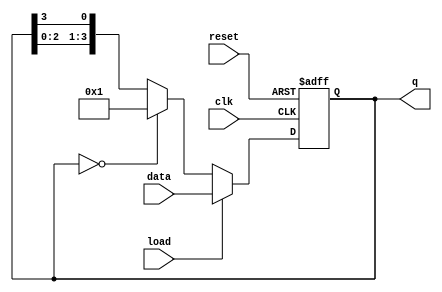
module loadable_ring_counter #(
    parameter N = 4 // Number of bits (size of the counter)
)(
    input wire clk,          // Clock input
    input wire reset,        // Reset input
    input wire load,         // Load signal
    input wire [N-1:0] data, // Data input for loading
    output reg [N-1:0] q     // Counter output
);

    // Internal signal to hold the next state
    reg [N-1:0] next_q;

    always @(posedge clk or posedge reset) begin
        if (reset) begin
            // Reset all flip-flops to 0
            q <= {N{1'b0}};
        end else if (load) begin
            // Load the input data into the counter
            q <= data;
        end else begin
            // Ring counter operation
            next_q = {q[N-2:0], q[N-1]}; // Shift left, wrap the last bit
            // Ensure only one bit is set to '1'
            if (q == 0) begin
                q <= 1; // Initialize to the first position if all are zero
            end else begin
                // Move the '1' around the ring
                q <= next_q;
            end
        end
    end

endmodule